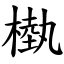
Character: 槸